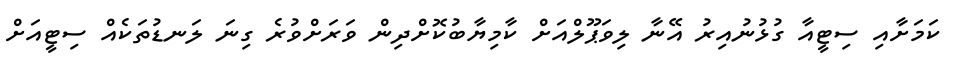
ކަމަށާއި ސިޓީއާ ގުޅުނުއިރު އޭނާ ލިވަޕޫލްއަށް ކާމިޔާބުކޮށްދިން ވަރަށްވުރެ ގިނަ ލަނޑުތަކެއް ސިޓީއަށް